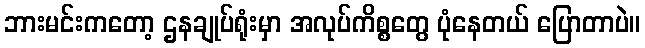
ဘားမင်းကတော့ ဌနချုပ်ရုံးမှာ အလုပ်ကိစ္စတွေ ပုံနေတယ် ပြောတာပဲ။